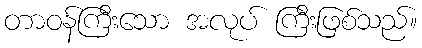
တာဝန်ကြီးသော အလုပ် ကြီးဖြစ်သည်။